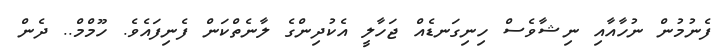
ފެނުމުން ނުހާއާއި ނިޝާވެސް ހިނިގަނޑެއް ޖަހާލީ އެކުދިންގެ ލާނެތްކަން ފެނިފައެވެ. ހޫމްމް.. ދެން